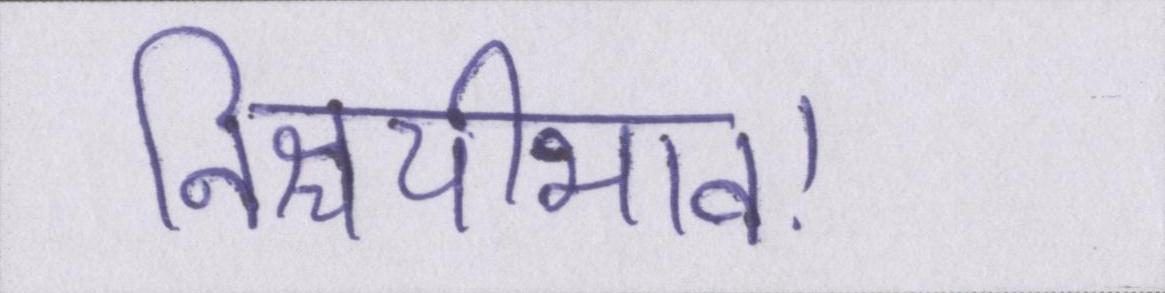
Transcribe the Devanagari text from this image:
निश्चयीभाव।